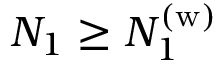
N _ { 1 } \geq N _ { 1 } ^ { ( \mathrm { w } ) }